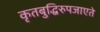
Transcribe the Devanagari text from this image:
कृतबुद्धिरुपजाएते